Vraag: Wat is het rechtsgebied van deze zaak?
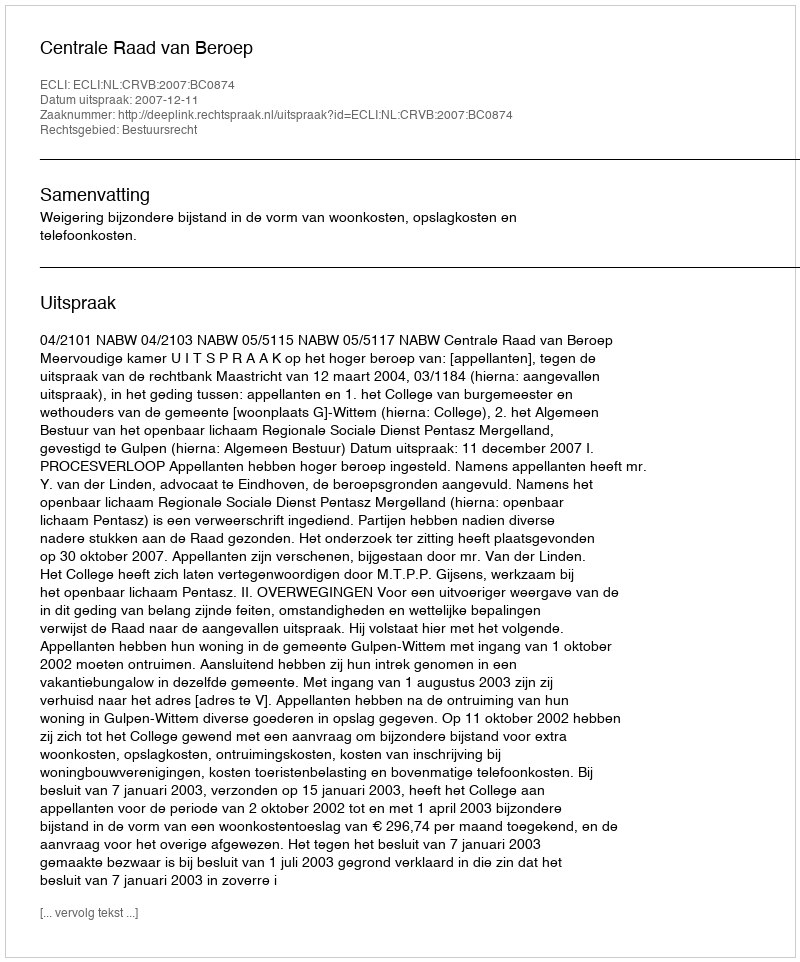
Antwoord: Bestuursrecht